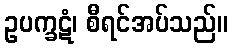
ဥပက္ခဋံ၊ စီရင်အပ်သည်။